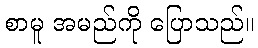
စာမူ အမည်ကို ပြောသည်။